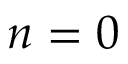
n = 0